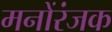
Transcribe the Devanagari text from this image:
मनोंरंजक